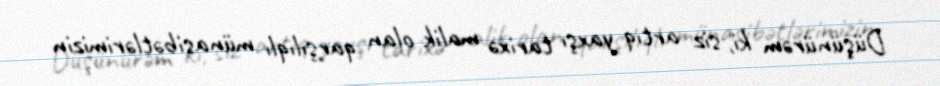
Düşünürəm ki, siz artıq yaxşı tarixə malik olan qarşılıqlı münasibətlərimizin